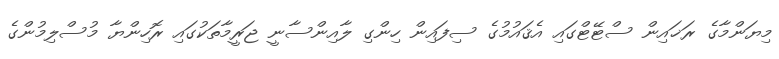
މިޔަންމާގެ ރަޚައިން ސްޓޭޓްގައި އެޤައުމުގެ ސިފައިން ހިންގި ލާއިންސާނީ ޖަރީމާތަކުގައި ރޮހިންޔާ މުސްލިމުންގެ